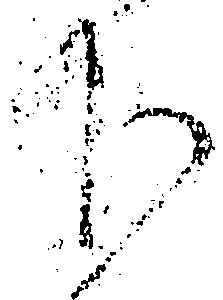
下